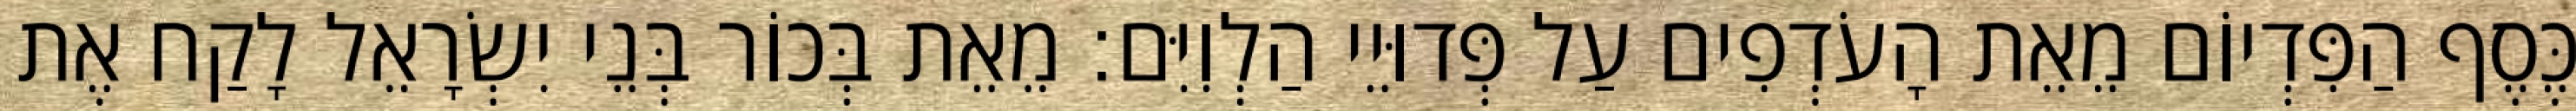
כֶּסֶף הַפִּדְיוֹם מֵאֵת הָעֹדְפִים עַל פְּדוּיֵי הַלְוִיִּם׃ מֵאֵת בְּכוֹר בְּנֵי יִשְׂרָאֵל לָקַח אֶת